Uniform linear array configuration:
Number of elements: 4
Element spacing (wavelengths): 0.75
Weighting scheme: cosine
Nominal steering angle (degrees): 0
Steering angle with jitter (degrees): -0.8486
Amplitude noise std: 0.05
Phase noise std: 0.05

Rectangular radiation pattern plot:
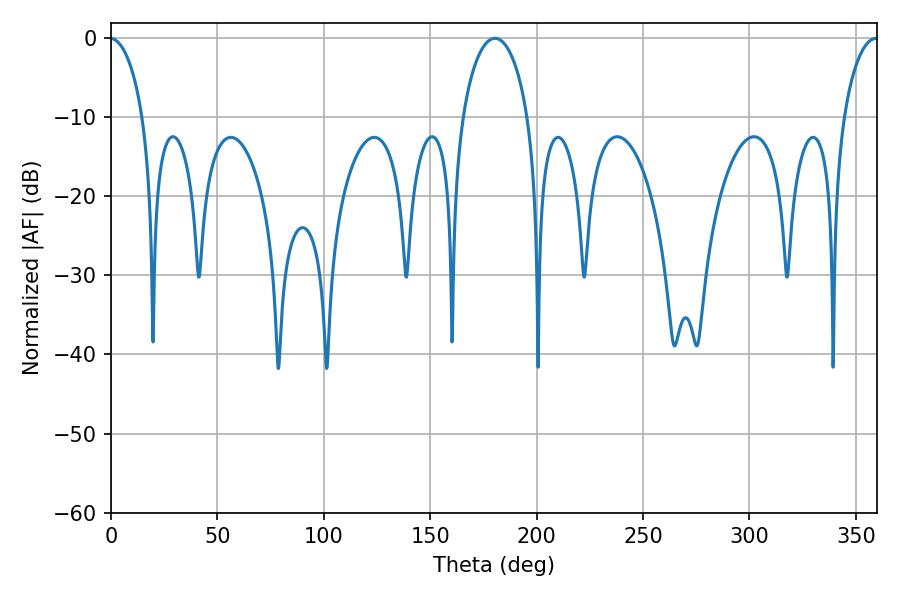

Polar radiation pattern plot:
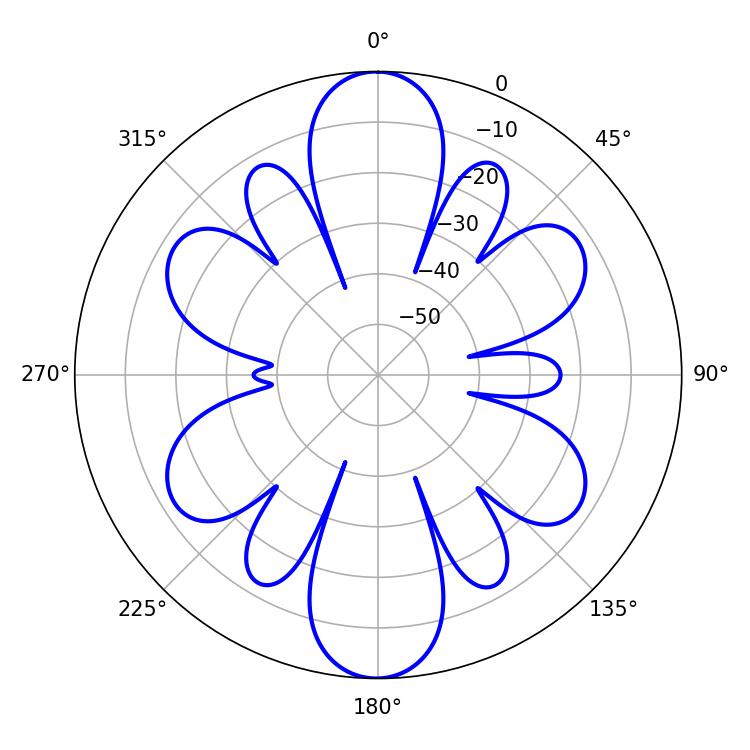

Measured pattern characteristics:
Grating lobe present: TRUE
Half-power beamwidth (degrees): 17.82
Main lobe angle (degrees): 180.36